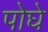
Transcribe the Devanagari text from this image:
पोघे